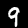
Label: 9